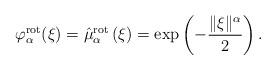
LaTeX: \begin{align*}\varphi^{\operatorname{rot}}_\alpha(\xi) = \hat{\mu}_{\alpha}^{\operatorname{rot}}\left(\xi\right) = \exp\left(-\frac{\|\xi\|^\alpha}{2}\right).\end{align*}